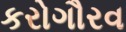
કરોગૌરવ